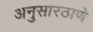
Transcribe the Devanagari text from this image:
अनुसारठाणे